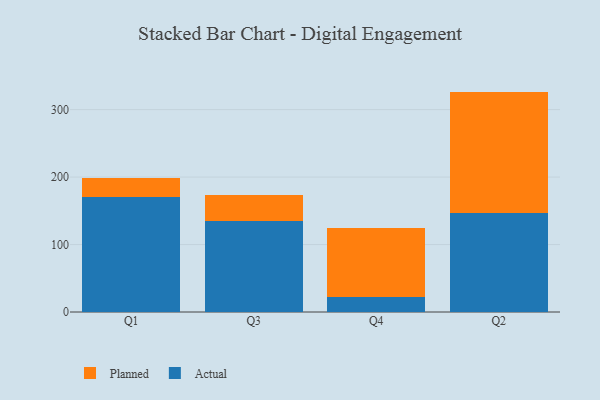
{"axis": {"x": "Quarter", "y": "Net Income (USD K)"}, "legend": ["Actual", "Planned"], "data": [{"x": "Q1", "y": 170.3, "type": "Actual"}, {"x": "Q1", "y": 28.7, "type": "Planned"}, {"x": "Q3", "y": 134.6, "type": "Actual"}, {"x": "Q3", "y": 38.5, "type": "Planned"}, {"x": "Q4", "y": 22.0, "type": "Actual"}, {"x": "Q4", "y": 102.3, "type": "Planned"}, {"x": "Q2", "y": 147.0, "type": "Actual"}, {"x": "Q2", "y": 179.7, "type": "Planned"}]}